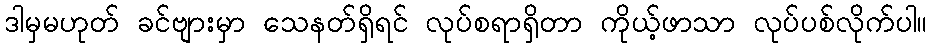
ဒါမှမဟုတ် ခင်ဗျားမှာ သေနတ်ရှိရင် လုပ်စရာရှိတာ ကိုယ့်ဖာသာ လုပ်ပစ်လိုက်ပါ။